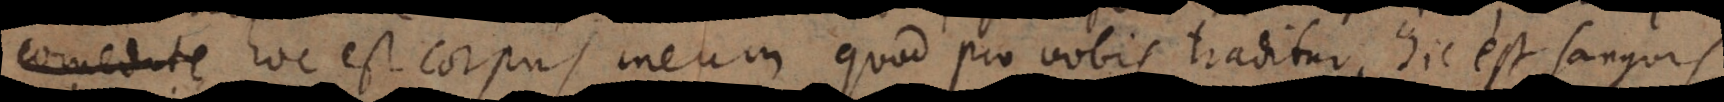
e, hoc est corpus meum quod pro vobis traditur hic est sanguis